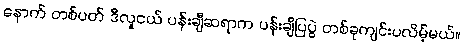
နောက် တစ်ပတ် ဒီလူငယ် ပန်းချီဆရာက ပန်းချီပြပွဲ တစ်ခုကျင်းပလိမ့်မယ်။